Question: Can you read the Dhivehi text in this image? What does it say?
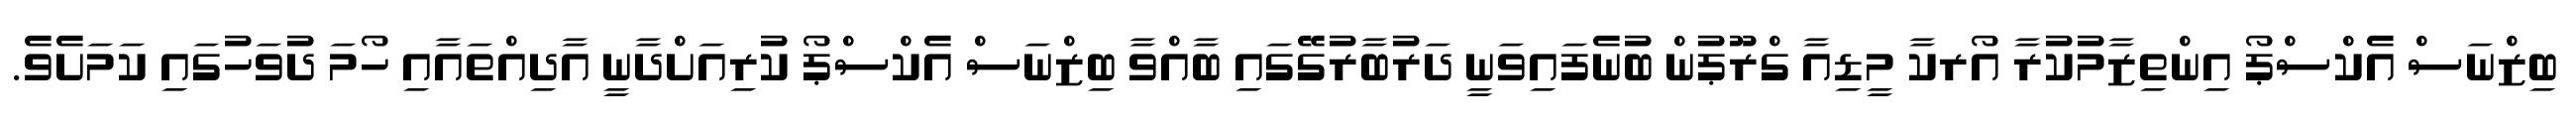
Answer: ބިޒްނަސް އެކްސްޕޯ އިންތިޒާމުކުރާ އޯރކާ މީޑިއާ ގްރޫޕުން ބުނެފައިވަނީ ދަރުބާރުގޭގައި ބާއްވާ ބިޒްނަސް އެކްސްޕޯ ކުރިއަށްދާނީ އާދިއްތައާއި ހޯމަ ދުވަހުގައި ކަމަށެވެ.